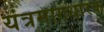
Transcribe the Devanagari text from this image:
यंत्रमागधारक